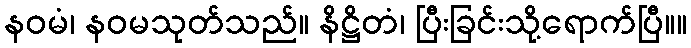
နဝမံ၊ နဝမသုတ်သည်။ နိဋ္ဌိတံ၊ ပြီးခြင်းသို့ရောက်ပြီ။။